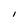
Character: I